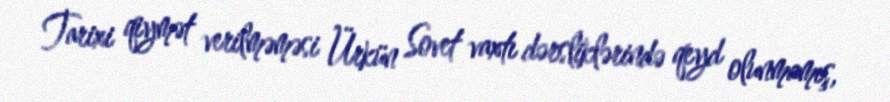
Tarixi qiymət verilməməsi Ürkün Sovet vaxtı dərsliklərində qeyd olunmamış,